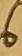
Text: 6